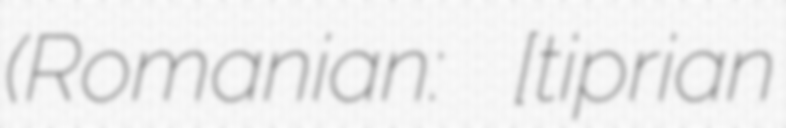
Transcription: (Romanian: [tʃipriˈan